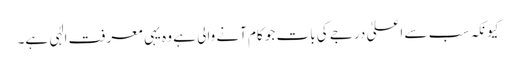
کیونکہ سب سے اعلیٰ درجے کی بات جو کام آنے والی ہے وہ یہی معرفت الٰہی ہے۔